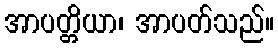
အာပတ္တိယာ၊ အာပတ်သည်။